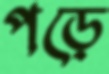
পড়ে